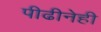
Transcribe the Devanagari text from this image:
पीढीनेही